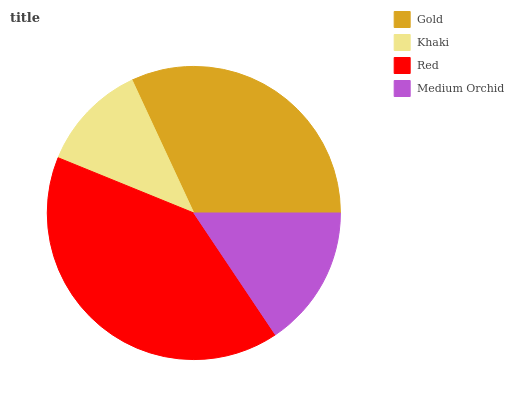
| Gold | Khaki | Red | Medium Orchid |
 | --- | --- | --- | --- |
 | 32% | 11.9% | 40.5% | 15.6% |